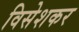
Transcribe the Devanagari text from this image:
विसेशकर